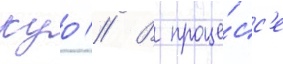
куо // В проце́сс'е